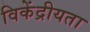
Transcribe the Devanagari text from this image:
विकेंद्रीयता